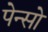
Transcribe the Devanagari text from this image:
पेन्सो